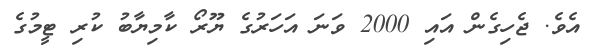
އެވެ. ޖެހިގެން އައި 2000 ވަނަ އަހަރުގެ ޔޫރޯ ކާމިޔާބު ކުރި ޓީމުގެ